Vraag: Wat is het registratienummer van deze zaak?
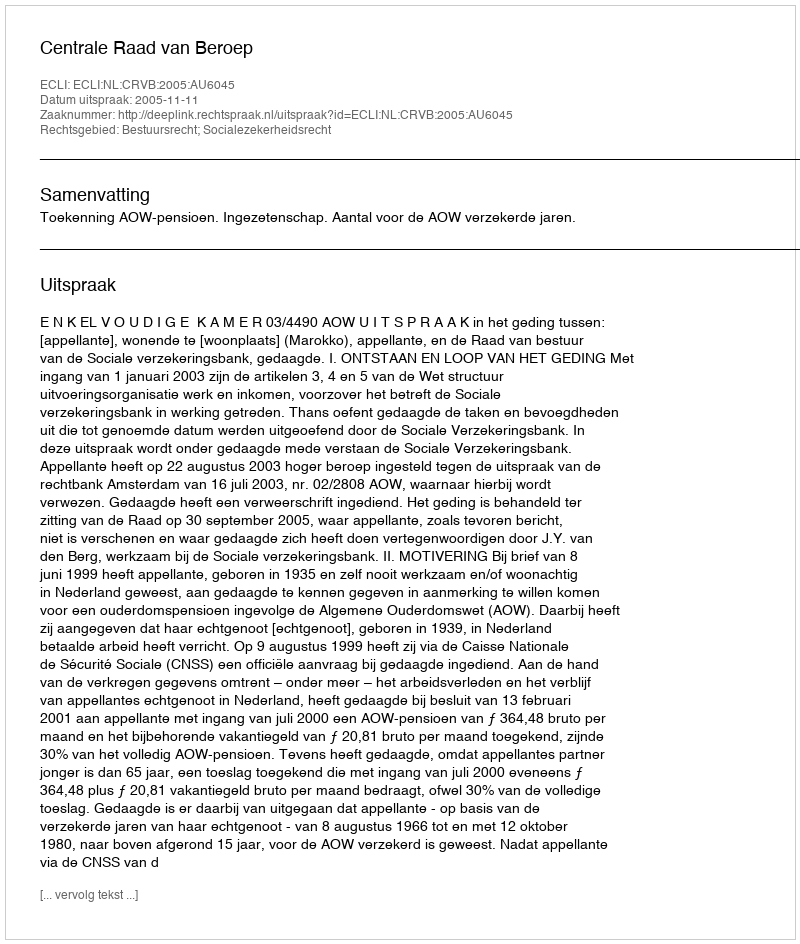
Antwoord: http://deeplink.rechtspraak.nl/uitspraak?id=ECLI:NL:CRVB:2005:AU6045